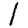
Digit: 1